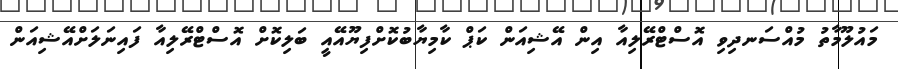
މައުލޫމާތު މުއްސަނދިވި އޮސްޓްރޭލިއާ އިން އޭޝިއަން ކަޕް ކާމިޔާބުކޮށްފިޔޫއޭއީ ބަލިކޮށް އޮސްޓްރޭލިއާ ފައިނަލަށްއޭޝިއަން